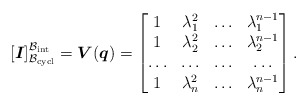
\begin{gather*}[\boldsymbol{I} ]_{\mathcal{B}_{\rm cycl}} ^{ \mathcal{B}_{\rm int}} =\boldsymbol{V}(\boldsymbol{q})=\begin{bmatrix} 1 & \lambda_1^{2} &\ldots&\lambda_1^{n-1} \\ 1& \lambda_2^{2} &\ldots& \lambda_2^{n-1} \\ \ldots & \ldots & \ldots & \ldots \\ 1 & \lambda_n^{2} &\ldots& \lambda_n^{n-1}\end{bmatrix} .\end{gather*}